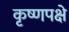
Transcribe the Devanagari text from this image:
कृष्णपक्षे